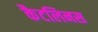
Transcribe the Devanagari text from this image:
कैटलिनस